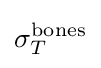
\sigma _{T}^{\text{bones}}